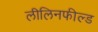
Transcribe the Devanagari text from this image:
लीलिनफील्ड